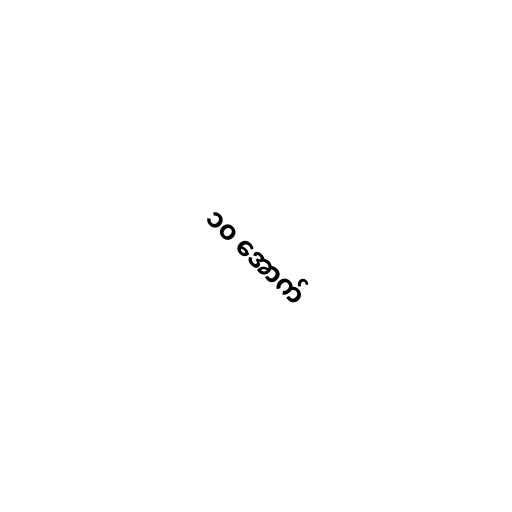
၁၀ အောက်